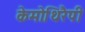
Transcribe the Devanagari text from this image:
केमोथिरैपी